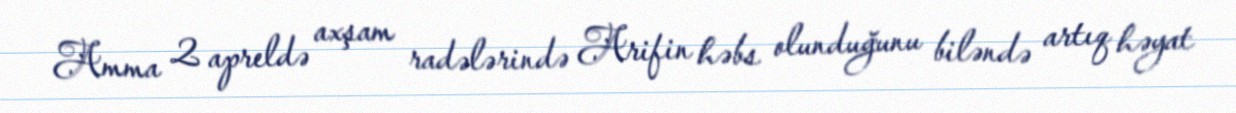
Amma 2 apreldə axşam radələrində Arifin həbs olunduğunu biləndə artıq həyat